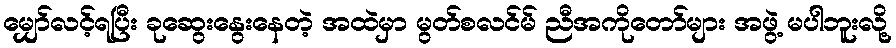
မျှော်လင့်ရပြီး ခုဆွေးနွေးနေတဲ့ အထဲမှာ မွတ်စလင်မ် ညီအကိုတော်များ အဖွဲ့ မပါဘူးလို့